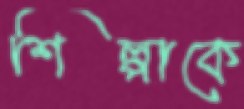
শিল্পাকে